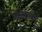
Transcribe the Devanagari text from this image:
बोरोदोलोई